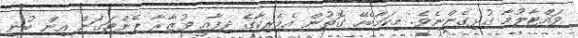
ވައްޓާލުމާ ގުޅިގެންނެވެ. މިކަމާބެހޭ ގޮތުން އެމެރިކާގެ ދިފާއީ ވުޒާރާ ޕެންޓަގަން އިން ބުނީ